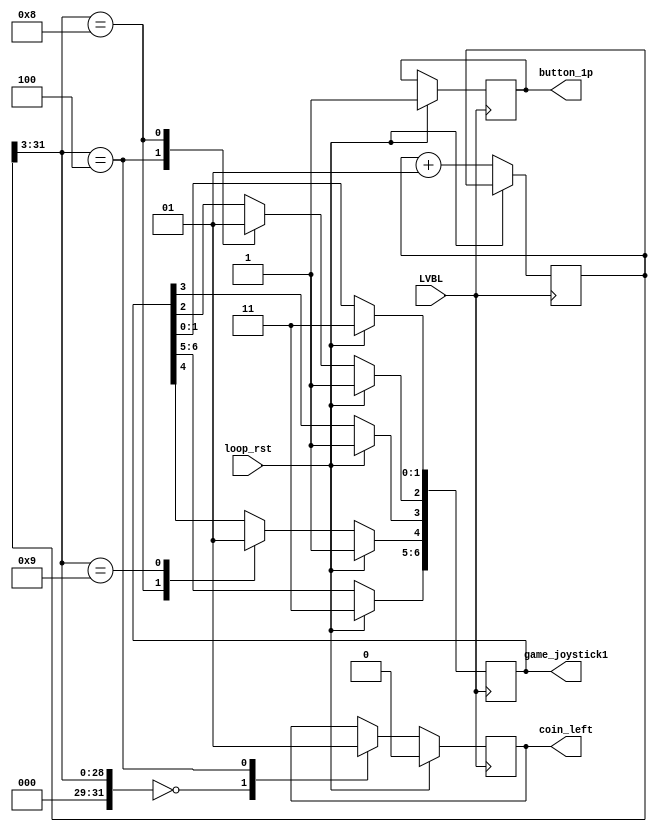
`timescale 1ns/1ps

module test_inputs(
    input   loop_rst,
    input   LVBL,
    output  reg [6:0] game_joystick1,
    output  reg       button_1p,
    output  reg       coin_left
);

localparam FIRE = 4;
localparam DOWN = 2;

integer framecnt=0;

always @(negedge loop_rst)
    $display("INFO: loop_rst over.");

always @(negedge LVBL)
    if( loop_rst ) begin
        game_joystick1 <= ~7'd0;
        button_1p      <= 1'b1;
        coin_left      <= 1'b0;
    end else begin
        framecnt <= framecnt + 1;
        case( framecnt>>3 )
            0: coin_left <= 1'b0;   // enable all test modes
            4: begin
                coin_left <= 1'b1;
                game_joystick1[DOWN] <= 1'b0;
            end
            8: begin
                game_joystick1[DOWN] <= 1'b1;
                game_joystick1[FIRE] <= 1'b0;
            end
            9: game_joystick1[FIRE] <= 1'b1;
        endcase // framecnt
    end

endmodule // test_inputs